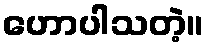
ဟောပါသတဲ့။